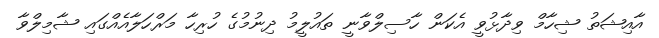
އާއިޝަތު ޝިހާމް ވިދާޅުވީ އެކަން ހާސިލްވާނީ ތައުލީމު ދިނުމުގެ ހުރިހާ މަރްހަލާއެއްގައި ޝާމިލްވާ